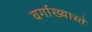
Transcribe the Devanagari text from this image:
वर्गाख्यास्ते